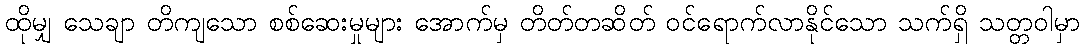
ထိုမျှ သေချာ တိကျသော စစ်ဆေးမှုများ အောက်မှ တိတ်တဆိတ် ဝင်ရောက်လာနိုင်သော သက်ရှိ သတ္တဝါမှာ